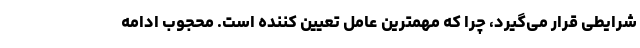
شرایطی قرار می‌گیرد، چرا که مهمترین عامل تعیین کننده است. محجوب ادامه